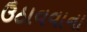
ઉઠાવવાના